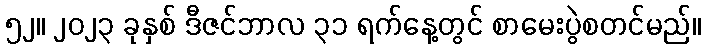
၅၂။ ၂၀၂၃ ခုနှစ် ဒီဇင်ဘာလ ၃၁ ရက်နေ့တွင် စာမေးပွဲစတင်မည်။